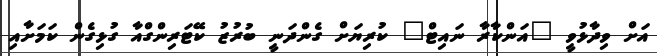
އަށް ވިދާޅުވީ "އަންކާރާ ނައިޓް" ކުރިޔަށް ގެންދަނީ ބުރުޒު ކޭޓަރިންގްއާ ގުޅިގެން ކަމަށާއި